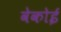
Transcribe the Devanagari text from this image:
वेकोई